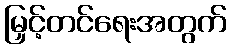
မြှင့်တင်ရေးအတွက်